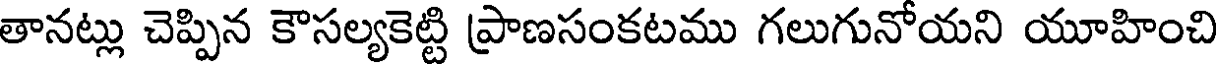
తానట్లు చెప్పిన కౌసల్యకెట్టి ప్రాణసంకటము గలుగునోయని యూహించి